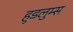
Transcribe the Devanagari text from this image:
हुडलुम्स